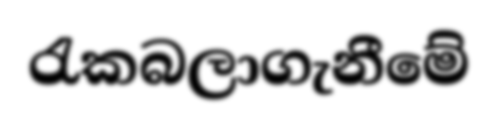
රැකබලාගැනීමේ